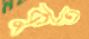
কুত